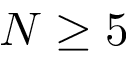
N \geq 5